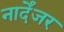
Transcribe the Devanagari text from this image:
नार्देंजर